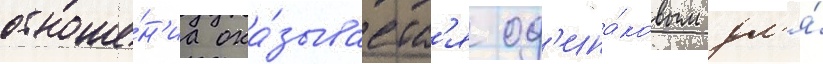
отноше́н'иа ока́зываетс'я од'ина́ковым дл'я́